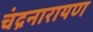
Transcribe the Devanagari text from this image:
चंद्रनारायण